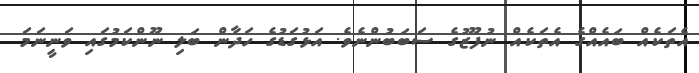
އެތަކެއް ބައެއްގެ އެތަކެއް ނުފޫޒުގެ ސަބަބުންނެވެ. އަޅުގަޑުގެ ހަދާން ބަލި ނޫންކަމުގައި ވަނީނަމަ